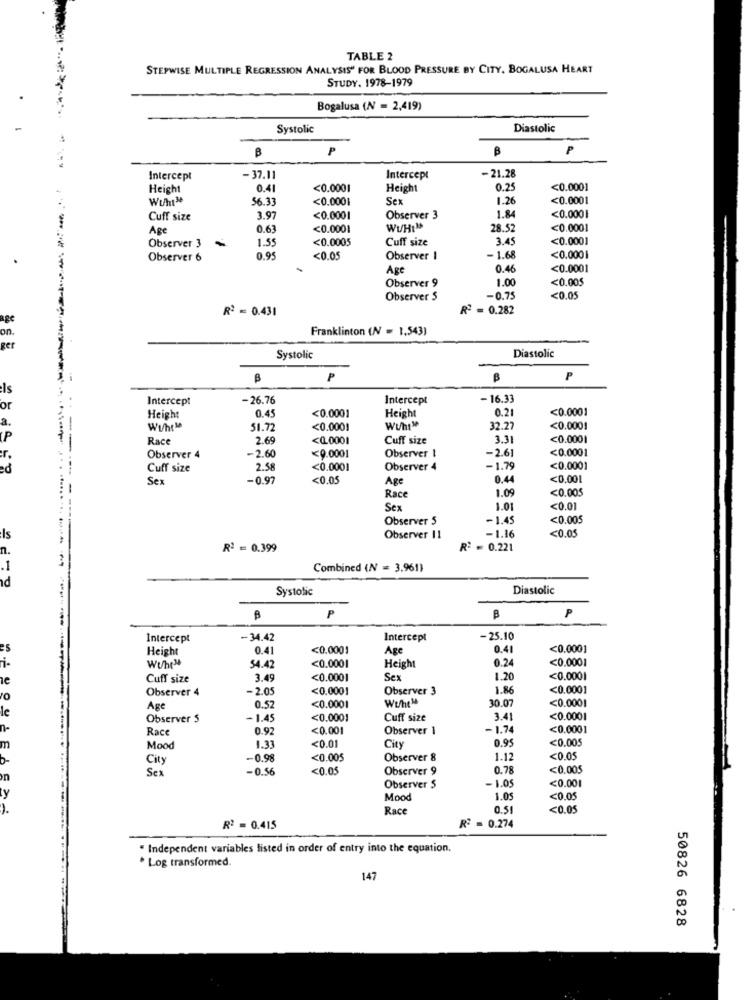
TABLE 2
STEPWISE MULTIPLE REGRESSION ANALYSIS" FOR BLOOD PRESSURE BY CITY, BOGALUSA HEART
STUDY. 1978-1979
Bogalusa (N = 2,419)
Systolic
Diastolic
B
P
P
Intercept
-37.11
Intercept
-21.28
Height
0.41
<0.0001
Height
0.25
<0.0001
Wuht3
56.33
<0.0001
Sex
1.26
<0.0001
Cuff size
3.97
<0.0001
Observer 3
1.84
<0.0001
Age
0.63
<0.0001
WUH!"
28.5
<0.0001
1.55
<0.0005
Cuff size
3.45
<0.0001
Observer 3
Observer 6
0.95
<0.05
Observer I
- 1.68
<0.000
Age
0.46
<0.0001
Observer 9
1.00
<0.00$
Observer S
-0.75
<0.05
R2 = 0.431
R2 = 0.282
age
Franklinton (N = 1,543)
on.
ger
Diastolic
Systolic
B
P
B
P
Is
or
Intercept
-26.76
Intercept
- 16.33
0.21
<0.0001
Height
0.45
<0.0001
Height
WihtM
51.72
<0.000!
32.27
<0.0001
P
Race
2.69
<0.0001
Cuff size
3.31
<0.0001
-2.60
-2.61
<0.0001
r.
Observer 4
<0.0001
Observer I
Cuff size
2.58
<0.0001
Observer 4
-1.79
<0.0001
Sex
-0.97
<0.05
Age
0.44
<0.001
1.09
<0.005
Race
Sex
1.01
<0.01
Observer 5
-1.45
<0.005
<0.05
Is
Observer 11
-1.16
n.
-----------
R2 = 0.399
R2 = 0.221
.1
Combined (N = 3.961)
Systolic
Diastolic
P
P
Intercept
-34.42
Intercept
- 25.10
Height
0.41
<0.0001
Age
0.41
<0.000]
i-
0.24
<0.0001
Wuhr"
54.42
<0.0001
Height
Cuff size
3.49
<0.0001
Sex
1.20
<0.0001
Observer 4
-2.0
<0.000
Observer 3
1.86
<0.0001
ro
<0.0001
le
Age
0.5
<0.0001
30.07
Observer 5
- 1.45
<0.0001
Cuff size
3.41
<0.0001
n-
Race
0.92
<0.001
Observer 1
- 1.74
<0.0001
m
<0.01
0.95
<0.005
Mood
1.33
City
City
-0.98
<0.005
Observer 8
1.12
<0.0
Sex
-0.56
<0.0.
Observer 9
0.78
<0.005
<0.00
Observer S
- 1.05
Mood
1.0
<0.05
Race
0.51
<0.05
R2 = 0.415
R: = 0.274
" Independent variables listed in order of entry into the equation.
. Log transformed.
147
50826 6828